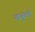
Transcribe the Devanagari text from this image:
खजुरनी